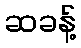
ဆခန့်